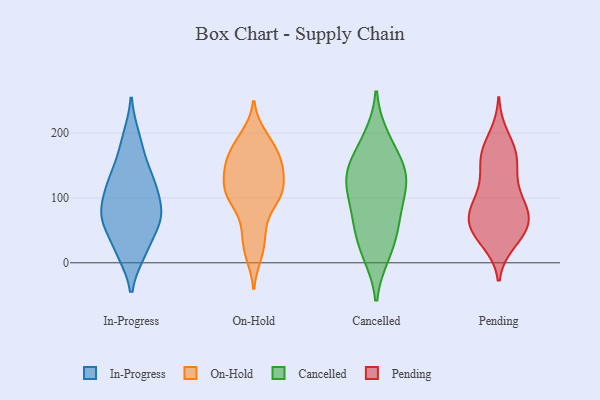
{"axis": {"x": "Operating Costs (USD K)", "y": "Value"}, "legend": ["Cancelled", "In-Progress", "On-Hold", "Pending"], "data": [{"x": "", "y": 65, "type": "In-Progress"}, {"x": "", "y": 15, "type": "In-Progress"}, {"x": "", "y": 195, "type": "In-Progress"}, {"x": "", "y": 89, "type": "In-Progress"}, {"x": "", "y": 116, "type": "In-Progress"}, {"x": "", "y": 128, "type": "In-Progress"}, {"x": "", "y": 123, "type": "In-Progress"}, {"x": "", "y": 77, "type": "In-Progress"}, {"x": "", "y": 162, "type": "In-Progress"}, {"x": "", "y": 61, "type": "In-Progress"}, {"x": "", "y": 17, "type": "In-Progress"}, {"x": "", "y": 65, "type": "In-Progress"}, {"x": "", "y": 145, "type": "On-Hold"}, {"x": "", "y": 101, "type": "On-Hold"}, {"x": "", "y": 51, "type": "On-Hold"}, {"x": "", "y": 145, "type": "On-Hold"}, {"x": "", "y": 107, "type": "On-Hold"}, {"x": "", "y": 12, "type": "On-Hold"}, {"x": "", "y": 141, "type": "On-Hold"}, {"x": "", "y": 157, "type": "On-Hold"}, {"x": "", "y": 110, "type": "On-Hold"}, {"x": "", "y": 21, "type": "On-Hold"}, {"x": "", "y": 125, "type": "On-Hold"}, {"x": "", "y": 98, "type": "On-Hold"}, {"x": "", "y": 190, "type": "On-Hold"}, {"x": "", "y": 97, "type": "On-Hold"}, {"x": "", "y": 165, "type": "On-Hold"}, {"x": "", "y": 109, "type": "On-Hold"}, {"x": "", "y": 54, "type": "On-Hold"}, {"x": "", "y": 159, "type": "On-Hold"}, {"x": "", "y": 197, "type": "On-Hold"}, {"x": "", "y": 181, "type": "On-Hold"}, {"x": "", "y": 132, "type": "Cancelled"}, {"x": "", "y": 146, "type": "Cancelled"}, {"x": "", "y": 70, "type": "Cancelled"}, {"x": "", "y": 137, "type": "Cancelled"}, {"x": "", "y": 104, "type": "Cancelled"}, {"x": "", "y": 140, "type": "Cancelled"}, {"x": "", "y": 52, "type": "Cancelled"}, {"x": "", "y": 92, "type": "Cancelled"}, {"x": "", "y": 13, "type": "Cancelled"}, {"x": "", "y": 127, "type": "Cancelled"}, {"x": "", "y": 182, "type": "Cancelled"}, {"x": "", "y": 16, "type": "Cancelled"}, {"x": "", "y": 193, "type": "Cancelled"}, {"x": "", "y": 54, "type": "Cancelled"}, {"x": "", "y": 42, "type": "Pending"}, {"x": "", "y": 163, "type": "Pending"}, {"x": "", "y": 170, "type": "Pending"}, {"x": "", "y": 46, "type": "Pending"}, {"x": "", "y": 33, "type": "Pending"}, {"x": "", "y": 77, "type": "Pending"}, {"x": "", "y": 159, "type": "Pending"}, {"x": "", "y": 90, "type": "Pending"}, {"x": "", "y": 89, "type": "Pending"}, {"x": "", "y": 141, "type": "Pending"}, {"x": "", "y": 69, "type": "Pending"}, {"x": "", "y": 59, "type": "Pending"}, {"x": "", "y": 169, "type": "Pending"}, {"x": "", "y": 75, "type": "Pending"}, {"x": "", "y": 46, "type": "Pending"}, {"x": "", "y": 195, "type": "Pending"}, {"x": "", "y": 61, "type": "Pending"}, {"x": "", "y": 119, "type": "Pending"}, {"x": "", "y": 105, "type": "Pending"}]}